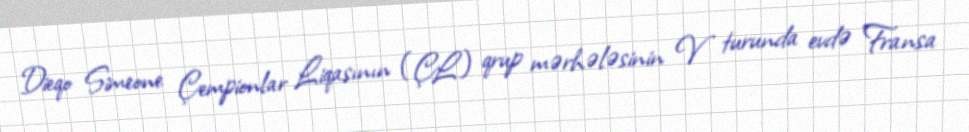
Dieqo Simeone Çempionlar Liqasının (ÇL) qrup mərhələsinin V turunda evdə Fransa